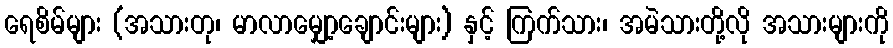
ရေစိမ်များ (အသားတု၊ မာလာမျှော့ချောင်းများ) နှင့် ကြက်သား၊ အမဲသားတို့လို အသားများကို